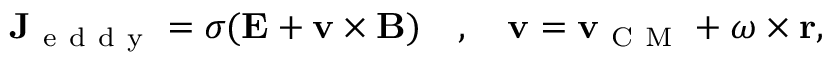
\begin{array} { r } { \mathbf { J } _ { \mathrm { ~ e ~ d ~ d ~ y ~ } } = \sigma ( \mathbf { E } + \mathbf { v } \times \mathbf { B } ) \quad , \quad \mathbf { v } = \mathbf { v } _ { \mathrm { ~ C ~ M ~ } } + \boldsymbol { \omega } \times \mathbf { r } , } \end{array}